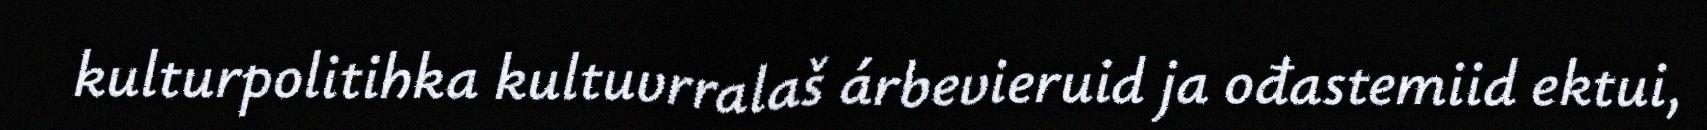
kulturpolitihka kultuvrralaš árbevieruid ja ođastemiid ektui,